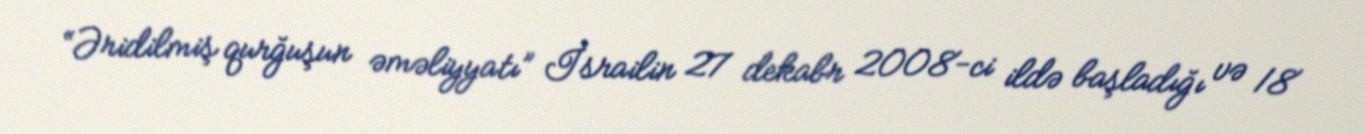
“Əridilmiş qurğuşun əməliyyatı” İsrailin 27 dekabr 2008-ci ildə başladığı və 18